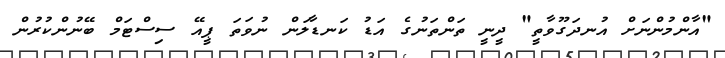
"އާންމުންނަށް އުނދަގޫވާތީ" ދީނީ ތަންތަނުގެ އަޑު ކަނޑާލަން ނުވަތަ ޕީއޭ ސިސްޓަމް ބޭނުންކުރުން